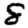
Digit: 8